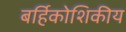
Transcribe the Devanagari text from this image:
बर्हिकोशिकीय